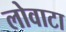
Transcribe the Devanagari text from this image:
लोवाटा